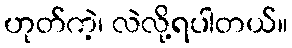
ဟုတ်ကဲ့၊ လဲလို့ရပါတယ်။